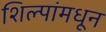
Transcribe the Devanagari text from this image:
शिल्पांमधून